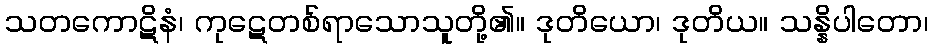
သတကောဋိနံ၊ ကုဋေတစ်ရာသောသူတို့၏။ ဒုတိယော၊ ဒုတိယ။ သန္နိပါတော၊